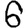
Digit: 6